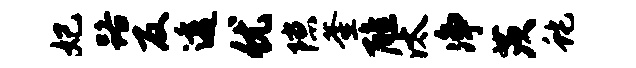
妃路反透优隙釜醮汰净茨蛇